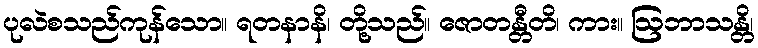
ပုလဲစသည်ကုန်သော။ ရတနာနိ၊ တို့သည်။ ဇောတန္တီတိ၊ ကား။ ဩဘာသန္တိ၊